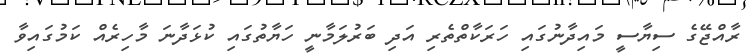
ރާއްޖޭގެ ސިޔާސީ މައިދާނުގައި ހަރަކާތްތެރި އަދި ބަރުލަމާނީ ހަޔާތުގައި ކުޅަދާނަ މާހިރެއް ކަމުގައިވާ